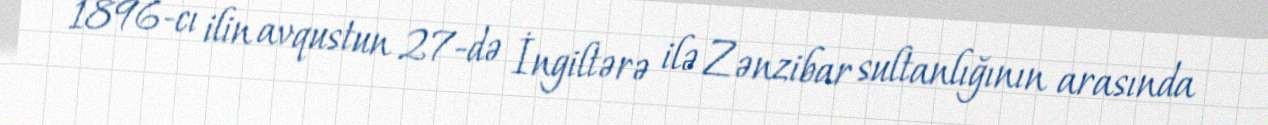
1896-cı ilin avqustun 27-də İngiltərə ilə Zənzibar sultanlığının arasında